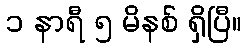
၁ နာရီ ၅ မိနစ် ရှိပြီ။